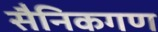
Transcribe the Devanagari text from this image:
सैनिकगण